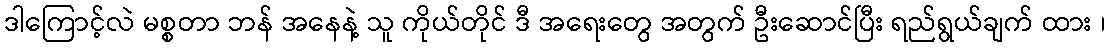
ဒါကြောင့်လဲ မစ္စတာ ဘန် အနေနဲ့ သူ ကိုယ်တိုင် ဒီ အရေးတွေ အတွက် ဦးဆောင်ပြီး ရည်ရွယ်ချက် ထား ၊